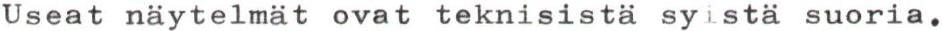
Useat näytelmät ovat teknisistä syistä suoria.